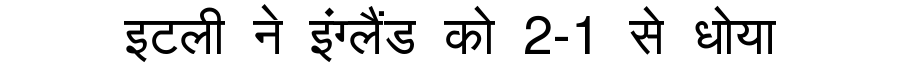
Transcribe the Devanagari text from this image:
इटली ने इंग्लैंड को 2-1 से धोया